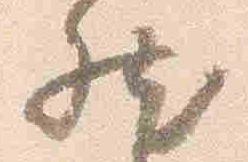
然